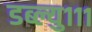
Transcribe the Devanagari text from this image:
डब्ल्यु१११